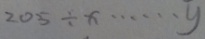
2 0 5 \div x \cdots y